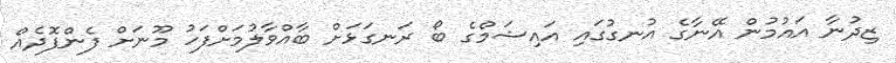
ޒިދުނާ އައުމުން އޭނާގެ އުނގުގައި އައިޝަމްގެ ބޯ ރަނގަޅަށް ބާއްވާލުމަށްފަހު މޫނަށް ފެންފޮދެއް